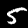
Label: 5